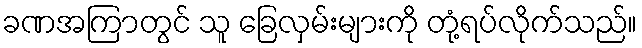
ခဏအကြာတွင် သူ ခြေလှမ်းများကို တုံ့ရပ်လိုက်သည်။